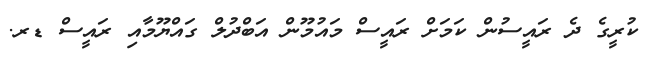
ކުރީގެ ދެ ރައީސުން ކަމަށް ރައީސް މައުމޫން އަބްދުލް ގައްޔޫމާއި ރައީސް ޑރ.